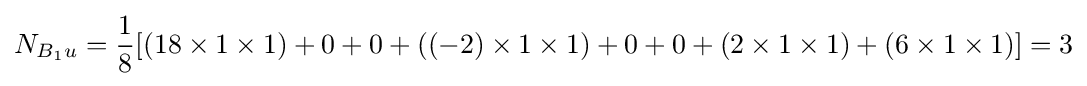
N_{B_{1}u}={\frac {1}{8}}[(18\times 1\times 1)+0+0+((-2)\times 1\times 1)+0+0+(2\times 1\times 1)+(6\times 1\times 1)]=3